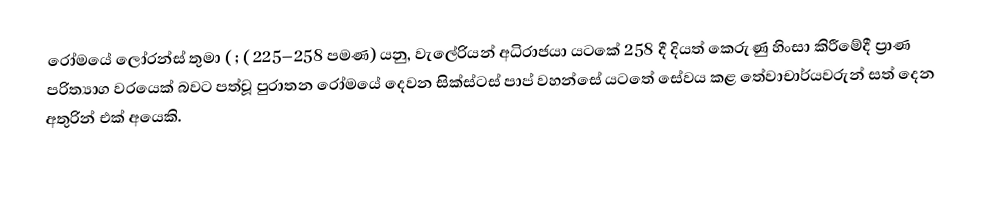
රෝමයේ ලෝරන්ස් තුමා ( ; ( 225–258 පමණ) යනු, වැලේරියන් අධිරාජයා යටකේ 258 දී දියත් කෙරුණු  හිංසා කිරීමේදී ප්‍රාණ පරිත්‍යාග වරයෙක් බවට පත්වූ පුරාතන රෝමයේ දෙවන සික්ස්ටස් පාප් වහන්සේ  යටතේ සේවය කළ තේවාචාර්යවරුන් සත් දෙන අතුරින් එක් අයෙකි.